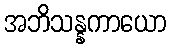
အဘိသန္နကာယော